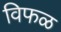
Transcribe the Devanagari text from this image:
विफळ